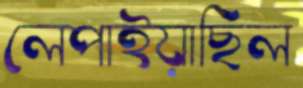
লেপাইয়াছিল